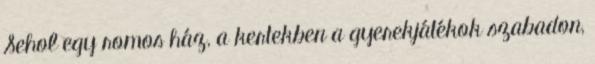
Sehol egy romos ház, a kertekben a gyerekjátékok szabadon,